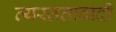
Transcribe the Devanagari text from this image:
व्यस्ततावादी